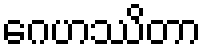
ဂေဟဿိတာ